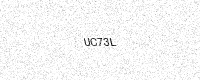
Text: UC73L